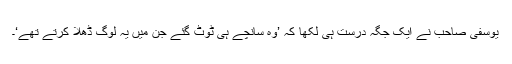
یوسفی صاحب نے ایک جگہ درست ہی لکھا کہ ’وہ سانچے ہی ٹوٹ گئے جن میں یہ لوگ ڈھلا کرتے تھے‘۔